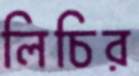
লিচির